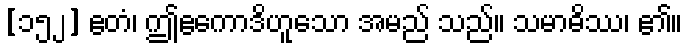
[၁၅၂] ဧတံ၊ ဤဧကောဒိဟူသော အမည် သည်။ သမာဓိဿ၊ ၏။